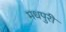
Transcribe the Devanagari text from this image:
मधपुरी